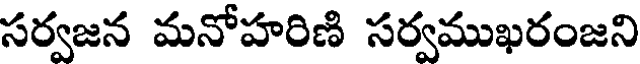
సర్వజన మనోహరిణి సర్వముఖరంజని